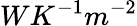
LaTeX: WK^{-1}m^{-2}